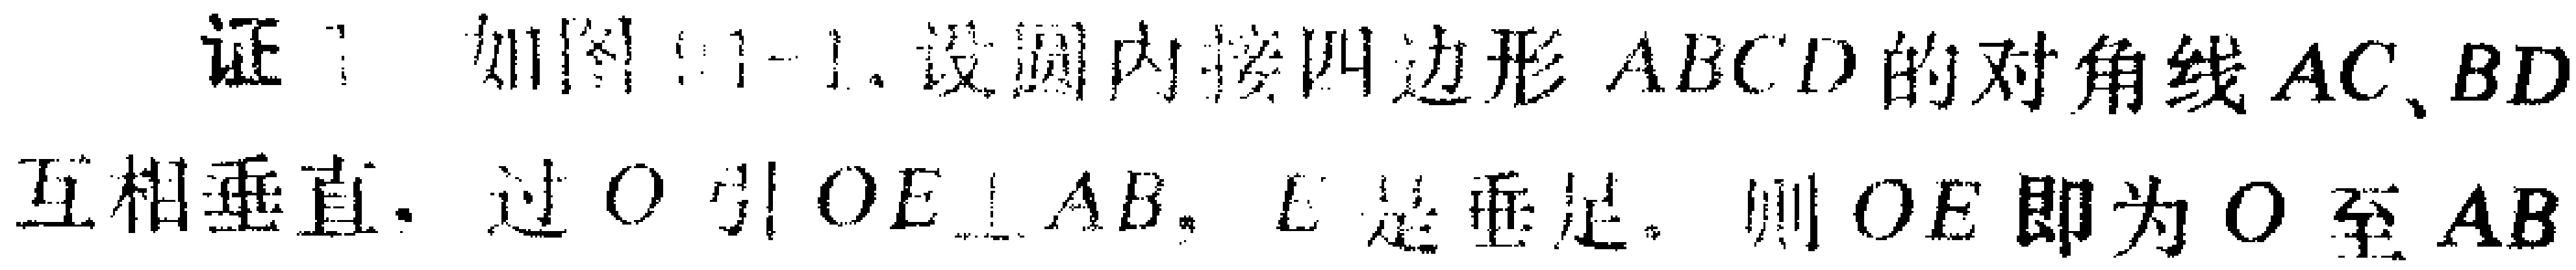
证：如图(1)-1，设圆内接四边形 \(ABCD\) 的对角线 \(AC、BD\) 互相垂直，过 \(O\) 引 \(OE\perp AB\)，\(E\) 是垂足，则 \(OE\) 即为 \(O\) 至 \(AB\)